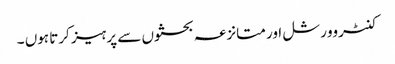
کنٹروورشل اور متانزعہ بحثوں سے پرہیز کرتا ہوں ۔